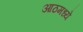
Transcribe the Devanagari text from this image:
आठमध्ये